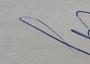
Signature authenticity: genuine